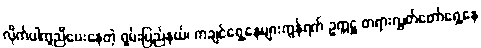
လိုက်ပါကူညီပေးနေတဲ့ ရှမ်းပြည်နယ်၊ ကချင်ရှေ့နေများကွန်ရက် ဥက္ကဋ္ဌ တရားလွှတ်တော်ရှေ့နေ